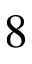
8